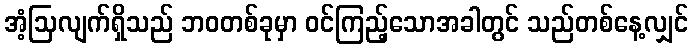
အံ့ဩလျက်ရှိသည် ဘဝတစ်ခုမှာ ဝင်ကြည့်သောအခါတွင် သည်တစ်နေ့လျှင်